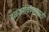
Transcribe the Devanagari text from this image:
बळकाविण्यासाठी